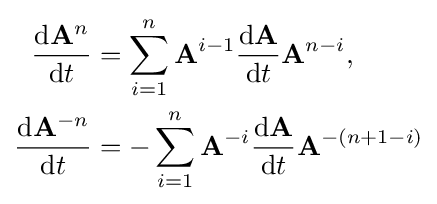
{\begin{aligned}{\frac {\mathrm {d} \mathbf {A} ^{n}}{\mathrm {d} t}}&=\sum _{i=1}^{n}\mathbf {A} ^{i-1}{\frac {\mathrm {d} \mathbf {A} }{\mathrm {d} t}}\mathbf {A} ^{n-i},\\{\frac {\mathrm {d} \mathbf {A} ^{-n}}{\mathrm {d} t}}&=-\sum _{i=1}^{n}\mathbf {A} ^{-i}{\frac {\mathrm {d} \mathbf {A} }{\mathrm {d} t}}\mathbf {A} ^{-(n+1-i)}\end{aligned}}